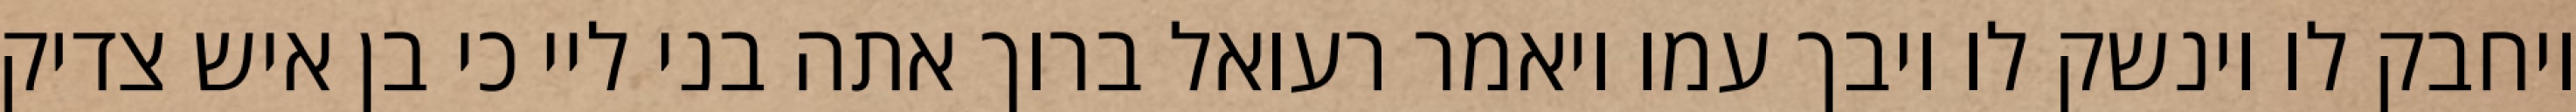
ויחבק לו וינשק לו ויבך עמו ויאמר רעואל ברוך אתה בני ליי כי בן איש צדיק